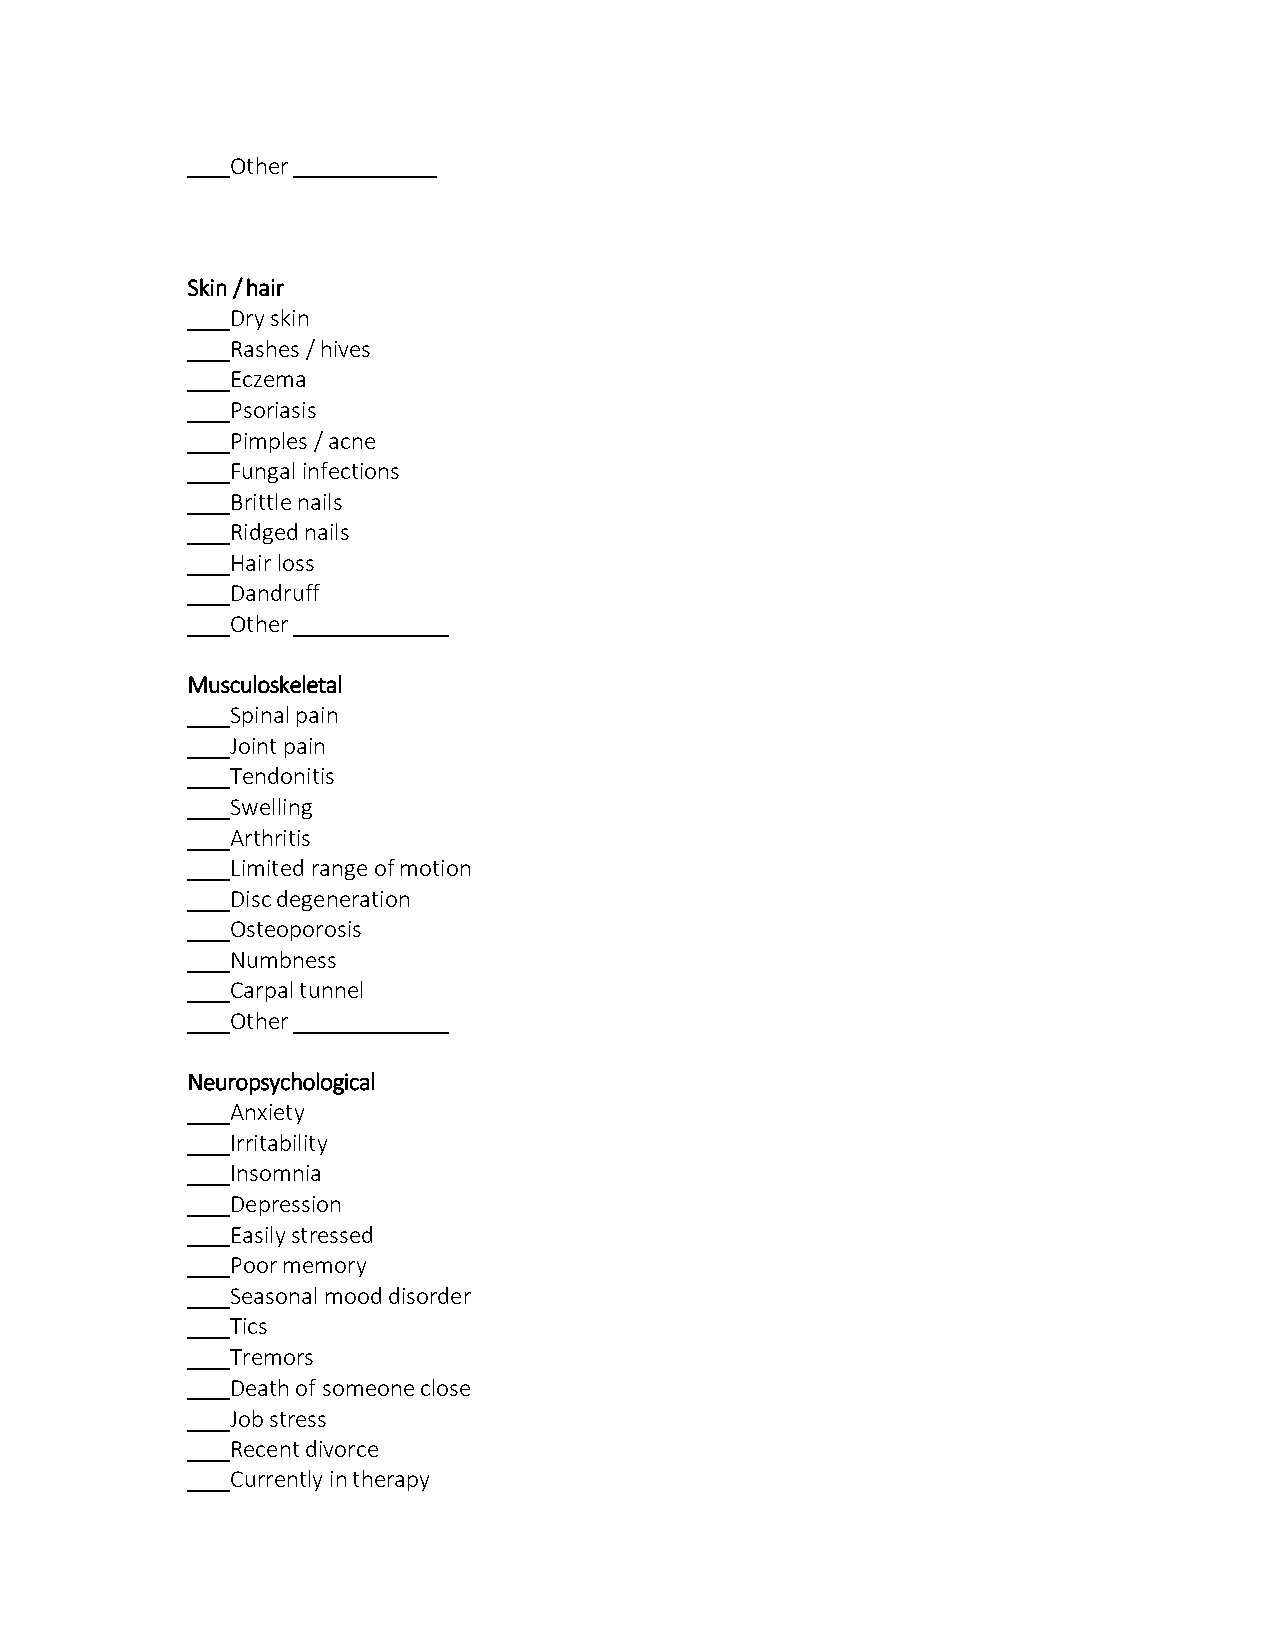
Other
 Skin / hair
 Dry skin
 Rashes / hives
 Eczema
 Psoriasis
 Pimples / acne
 Fungal infections
 Brittle nails
 Ridged nails
 Hair loss
 Dandruff
 Other
 Musculoskeletal
 Spinal pain
 Joint pain
 Tendonitis
 Swelling
 Arthritis
 Limited range of motion
 Disc degeneration
 Osteoporosis
 Numbness
 Carpal tunnel
 Other
 Neuropsychological
 Anxiety
 Irritability
 Insomnia
 Depression
 Easily stressed
 Poor memory
 Seasonal mood disorder
 Tics
 Tremors
 Death of someone close
 Job stress
 Recent divorce
 Currently in therapy